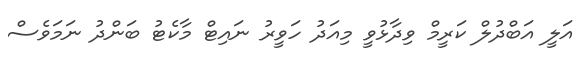
އަލީ އަބްދުލް ކަރީމް ވިދާޅުވީ މިއަދު ހަވީރު ނައިޓް މާކެޓު ބަންދު ނަމަވެސް